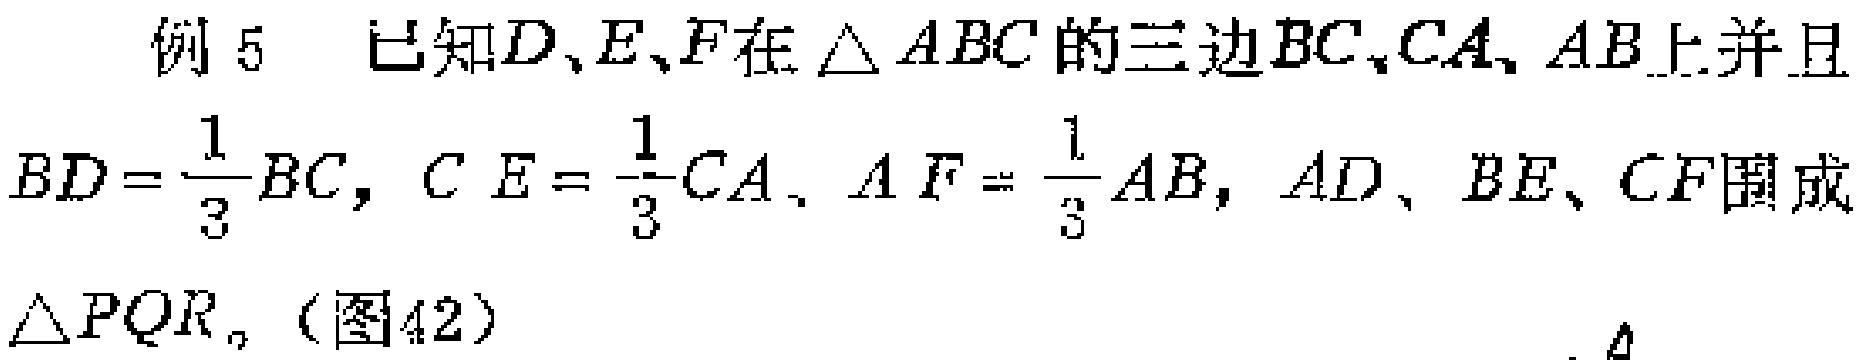
例5 已知\(D、E、F\)在\(\triangle ABC\)的三边\(BC、CA、AB\)上并且
\(BD = \frac{1}{3}BC\)，\(CE = \frac{1}{3}CA\)，\(AF = \frac{1}{3}AB\)，\(AD、BE、CF\)围成
\(\triangle PQR\)。（图42）